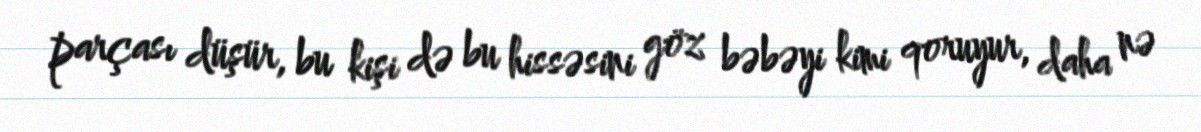
parçası düşür, bu kişi də bu hissəsini göz bəbəyi kimi qoruyur, daha nə